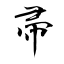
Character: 帚